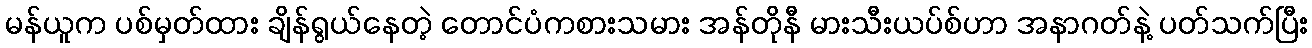
မန်ယူက ပစ်မှတ်ထား ချိန်ရွယ်နေတဲ့ တောင်ပံကစားသမား အန်တိုနီ မားသီးယပ်စ်ဟာ အနာဂတ်နဲ့ ပတ်သက်ပြီး